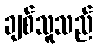
ချစ်သူသည်